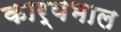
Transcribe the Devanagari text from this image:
कार्यभाल